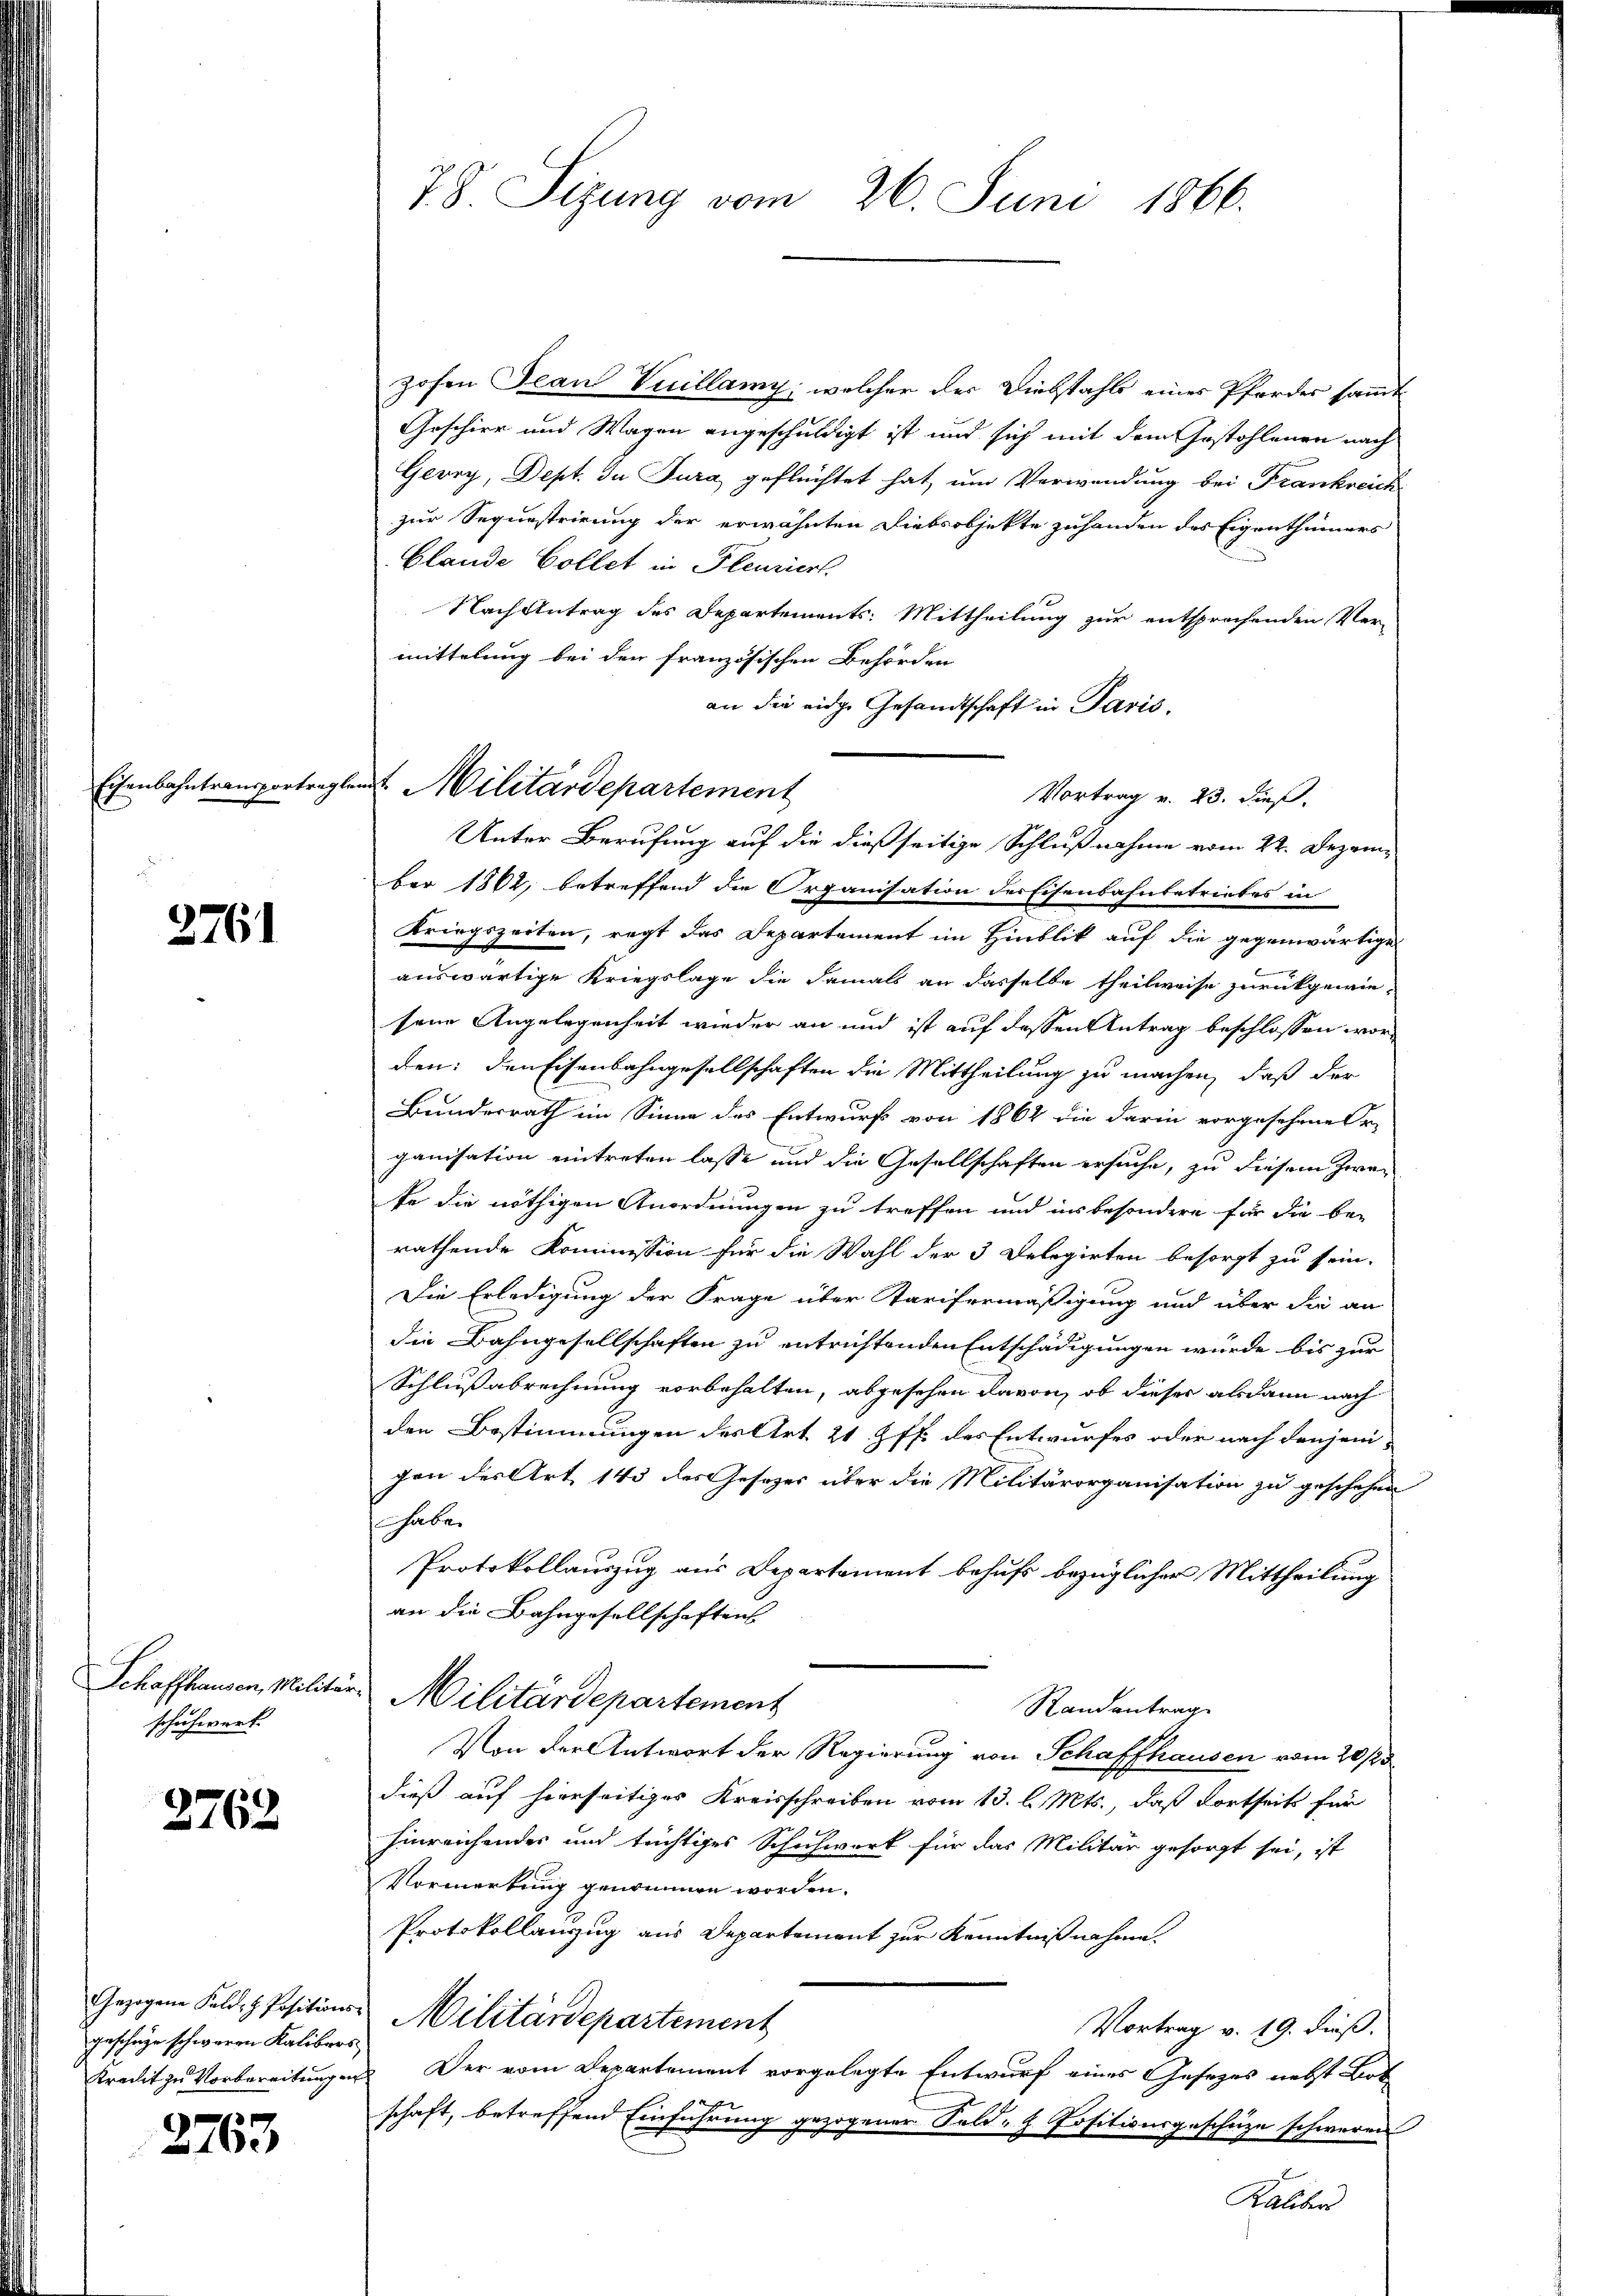
Eisenbahntransportragler

2761

Schaffhausen, Militär
schuhwert.

2762

geschehe schweren Kalibers

2763

7. 8. Sizung vom 26. Juni 1866.

hohen Jean Vuillamy; welcher der Diebstahls eines Pferder sammt
Geschirr und Wagen angeschuldigt ist und sich mit dem Gestohlenen nach
Gevry, Dept. du Jura geflüchtet hat, um Verwendung bei Frankreich
zur Sequestrirung der erwähnten Diebsobjekte zuhanden des Eigenthümers
blande Collet in Pleuriert
Nach Antrag des Departements: Mittheilung zur entsprochenden Ver-
mittelung bei den französischen Behörden
an die eidge Gesandtschaft in Paris.
Unter Berufung auf die dießseitige Schlußnahme vom 22. Dezember 1862, betreffend die Organisation der Eisenbahnbetriebes in
Kriegszeiten, regt das Departement im Hinblik auf die gegenwärtige
auswärtige Kriegslage die damals an dasselbe theilweise zurückgewiesene Angelegenheit wieder an und ist auf dessen Antrag beschlossen word
den: den Eisenbahngesellschaften die Mittheilung zu machen, daß der
Bundesrath im Sinne des Entwurf von 1864 die darin vorgesehene Or-
ganisation eintreten lasse und die Gesellschaften ersuche, zu diesem Zwei
te die nöthigen Anordnungen zu treffen und in besondere für die be-
rathende Kommission für die Wahl der 3 Delegirten besorgt zu sein.
Die Erledigung der Frage über Tarifermäßigung und über die an
die Bahngesellschaften zu entrichtenden Entschädigungen wurde bis zur
Schlußabrechnung vorbehalten, abgesehen davon, ob dieser alsdann nach
den Bestimmungen des Art 21 ff. des Entwurfes oder nach denjenivon des Art 143 der Gesezes über die Militärorganisation zu geschehen
haben
Protokollauszug aus Departement behufs bezüglicher Mittheilung
an die Bahngesellschaftens
Militärdepartement
Randantrag
Von der Antwort der Regierung von Schaffhausen vom 20./25
dieß auf hierseitiges Kreisschreiben vom 13. l. Mts., daß dortseits für
hinreichendes und tüchtiges Schuhwerk für das Militär gesorgt sei, ist
Vormerkung genommen worden.
Protokollanzug aus Departement zur Kenntnißnahme
Gezogene Feld. H. Positions-Militärdepartement
Vortrag v. 19. dieß.
Kredit zu Vorbereitungen. Der vom Departement vorgelegte Entwurf eines Gesetzes nebst Bot
1
schaft, betreffend Einführung gezogener Feld- & Positionsgeschäze schweren
Kaliber

Militärdepartement

Vortrag v. 23. dieß.